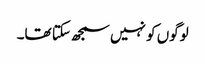
لوگوں کو نہیں سمجھ سکتا تھا۔